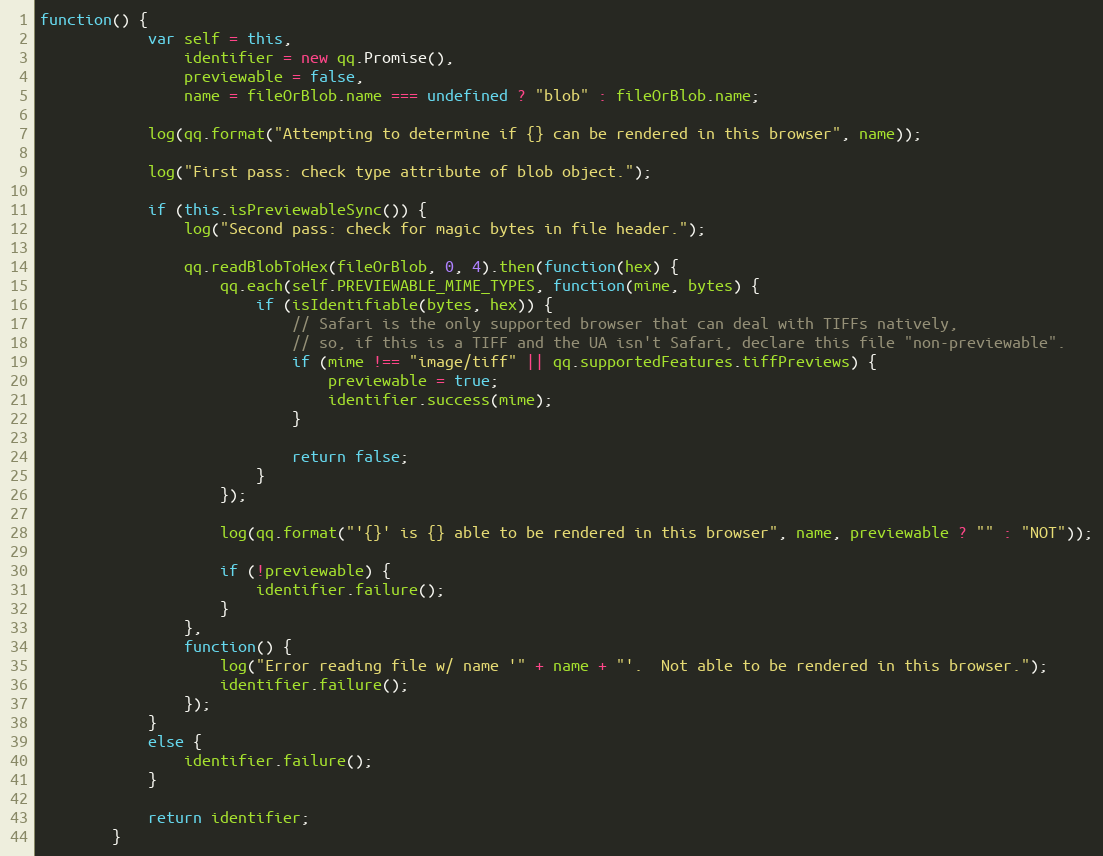
Language: JavaScript
function() {
            var self = this,
                identifier = new qq.Promise(),
                previewable = false,
                name = fileOrBlob.name === undefined ? "blob" : fileOrBlob.name;

            log(qq.format("Attempting to determine if {} can be rendered in this browser", name));

            log("First pass: check type attribute of blob object.");

            if (this.isPreviewableSync()) {
                log("Second pass: check for magic bytes in file header.");

                qq.readBlobToHex(fileOrBlob, 0, 4).then(function(hex) {
                    qq.each(self.PREVIEWABLE_MIME_TYPES, function(mime, bytes) {
                        if (isIdentifiable(bytes, hex)) {
                            // Safari is the only supported browser that can deal with TIFFs natively,
                            // so, if this is a TIFF and the UA isn't Safari, declare this file "non-previewable".
                            if (mime !== "image/tiff" || qq.supportedFeatures.tiffPreviews) {
                                previewable = true;
                                identifier.success(mime);
                            }

                            return false;
                        }
                    });

                    log(qq.format("'{}' is {} able to be rendered in this browser", name, previewable ? "" : "NOT"));

                    if (!previewable) {
                        identifier.failure();
                    }
                },
                function() {
                    log("Error reading file w/ name '" + name + "'.  Not able to be rendered in this browser.");
                    identifier.failure();
                });
            }
            else {
                identifier.failure();
            }

            return identifier;
        }